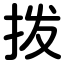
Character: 拨